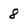
Character: 8